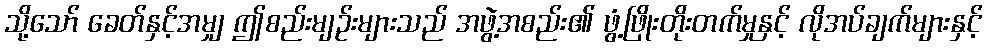
သို့သော် ခေတ်နှင့်အမျှ ဤစည်းမျဉ်းများသည် အဖွဲ့အစည်း၏ ဖွံ့ဖြိုးတိုးတက်မှုနှင့် လိုအပ်ချက်များနှင့်